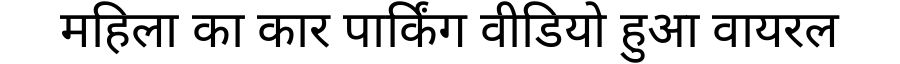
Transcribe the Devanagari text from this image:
महिला का कार पार्किंग वीडियो हुआ वायरल